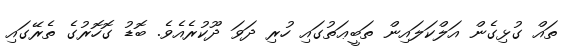
ތައް ގުޅިގެން އަލްކަލައިން ތަބީޢަތުގައި ހުރި ދަވަ ދޫކުރެއެވެ. ބޮޑު ގޮހޮރުގެ ތެރޭގައި